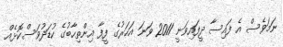
ނަމަވެސް އެ ފައިސާ ދީފައިވަނީ 2011 ވަނަ އަހަރުގެ ފީފާ އިންތިހާބުގެ ކުޑަދުވަސްކޮޅެއް